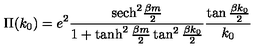
\Pi ( k _ { 0 } ) = e ^ { 2 } { \frac { \mathrm { s e c h } ^ { 2 } { \frac { \beta m } { 2 } } } { 1 + \tanh ^ { 2 } { \frac { \beta m } { 2 } } \tan ^ { 2 } { \frac { \beta k _ { 0 } } { 2 } } } } { \frac { \tan { \frac { \beta k _ { 0 } } { 2 } } } { k _ { 0 } } }